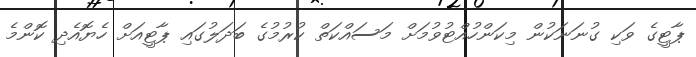
ޕާޓީގެ ވަކި ގުނަނަކުން މިކަންހުއްޓުވުމަށް މަސައްކަތް ކުރުމުގެ ބަދަލުގައި ޕާޓީއަށް ހެޔޮއެދި ކޮންމެ